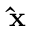
\mathbf { \hat { x } }